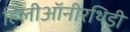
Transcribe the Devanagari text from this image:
हिलीऑनीरथिडी